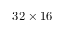
3 2 \times 1 6